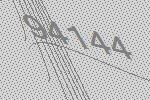
94144